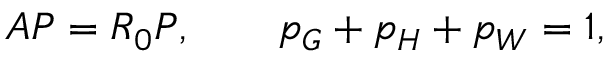
A P = R _ { 0 } P , \qquad p _ { G } + p _ { H } + p _ { W } = 1 ,